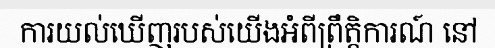
ការយល់ឃើញរបស់យើងអំពីព្រឹត្តិការណ៍ នៅ